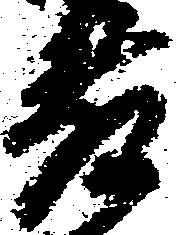
藤